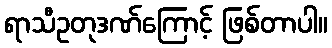
ရာသီဥတုဒဏ်ကြောင့် ဖြစ်တာပါ။